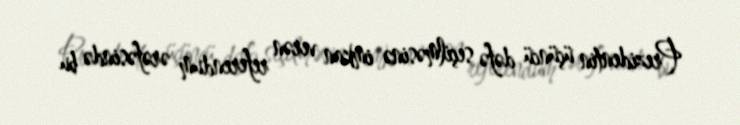
Prezidentin üçüncü dəfə seçilməsinə imkan verən referendum ərəfəsində bu